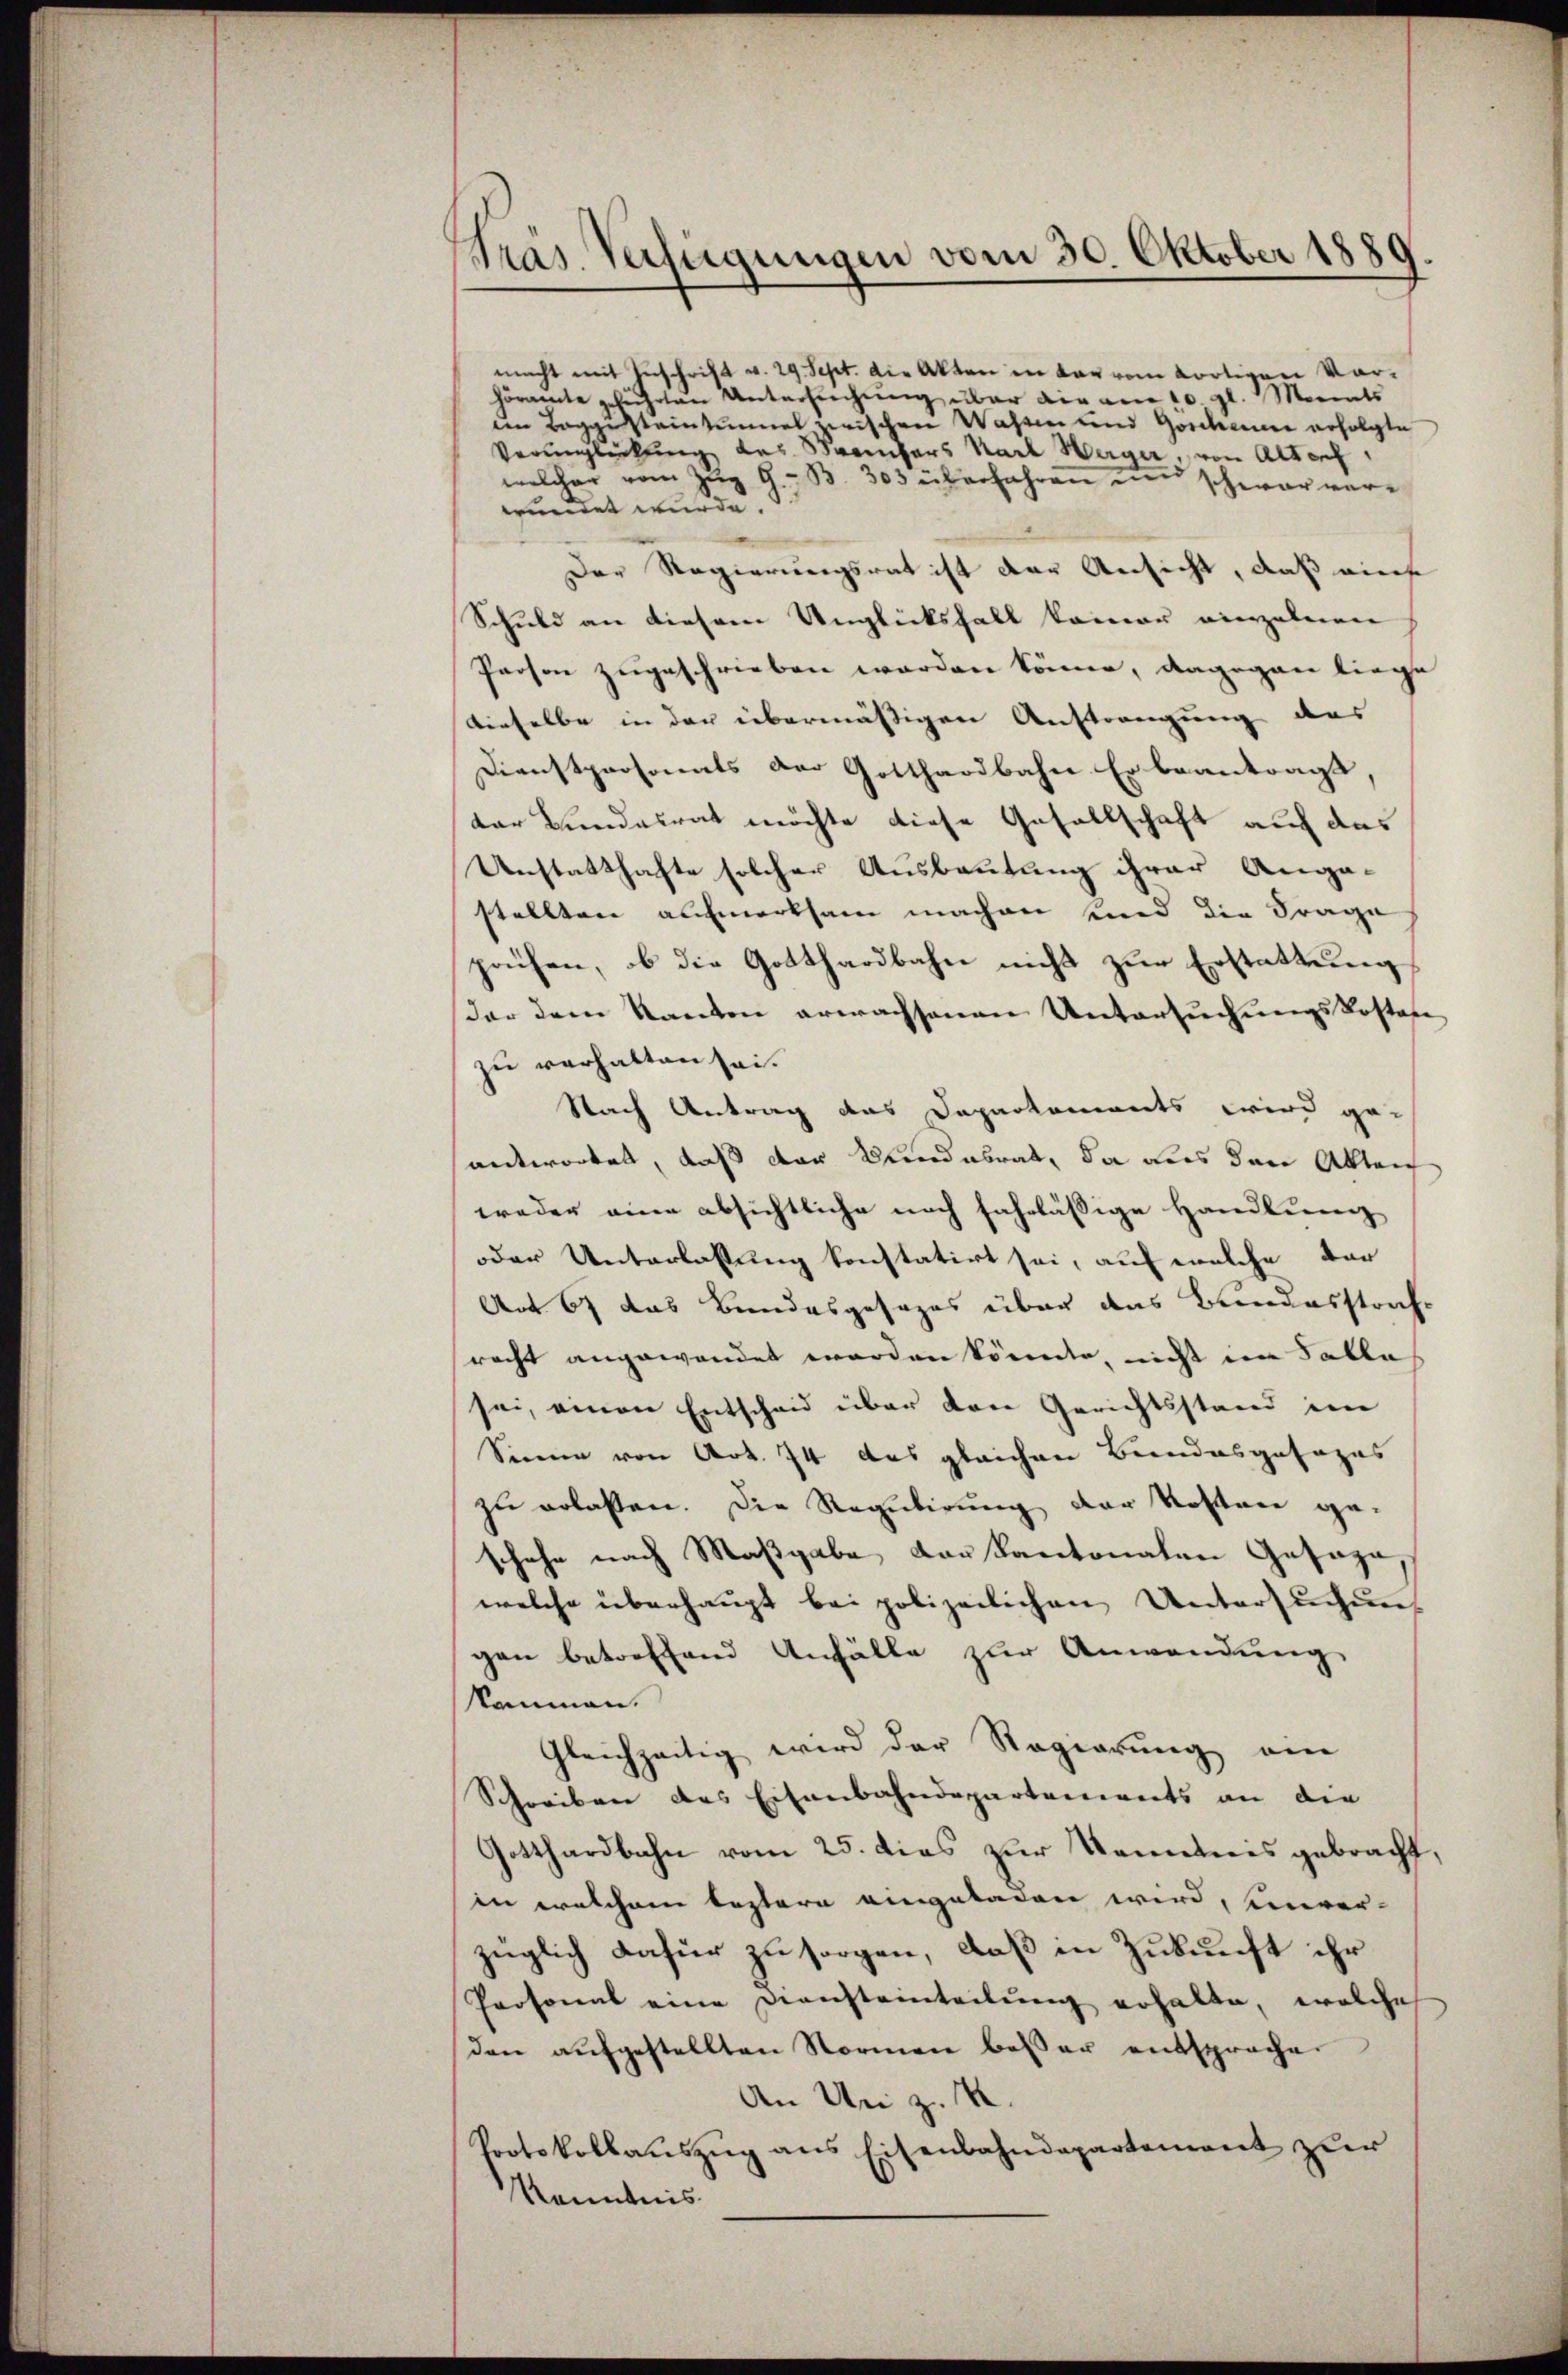
träs. Verfügungen vom 30. Oktober 1889

macht mit Zuschrift v. 29. Sept. die Akten in dar vom dortigen Vorhöramte geführten Untersuchung über die am 10. gl. Mariats
den Taggesteinzumal zwischen Wassen und Goscheiner erfolgte
Verunglückten das Saambars Karl Weiger, von Alter
welcher vom Zug G. B. 303 überfahren und schwar verwundet wurde.
Der Regierungsrat ist der Ansicht, daß einf
Schuld an diesem Unglücksfall kommer einzelnen
Person zugeschrieben worden könne, dagegen liege
dieselbe in der übermäßigen Anstrangung des
Dienstpersonats der Gotthardbahn. Er beantragt,
Dar Bundesrat möchte diese Gesellschaft auf das
Unstatthafte solcher Ausbeutung ihrer Angastellten aufmerksam machen sind die Frage
prüfen, ob die Gotthardbahn nicht zur Erstattung
der dem Kanton erwachsenen Untersuchungskostafe
zu verhalten sei.
Nach Antrag das Daparkoments wird geantwortet, daß der Standesrat, da aus den Ableich
weder eine absichtliche noch fahrlässige Handlung
oder Unterlassung konstatirt sei, auf welche der
Ant 67 das Bundesgesezes über das Bundesstrafe
racht angewendet worden könnte, nicht im Falle
sei, einen Entscheid über dere Gerichtsstand im
Sinne von Art. 74 das gleichen Bundesgesages
zu erlaßen. Die Regulirung der Kosten ge-
schehe nach Maßgabe der Kantonalen Gesage
welche überhaupt bei polizeilichen Untersuchung
gen betreffend Anfälle zur Anwendung
Nammen.
Gleichzeitig wird der Regierung an
Schreiben des Eisenbahndepartements an die
Gotthardbahn vom 25. dies zur Kenntnis gebracht,
in welchem leztern eingeladen wird, einver-
züglich dafür zu sorgen, daß in Zukunft ihr
Personal eine Diensteinteilung erhalte, welche
den aufgestellten Normen besser entsprochen
An Uri z. B.
Protokollaŭszŭg ans Eisenbahndepartement zur
Kenntnis